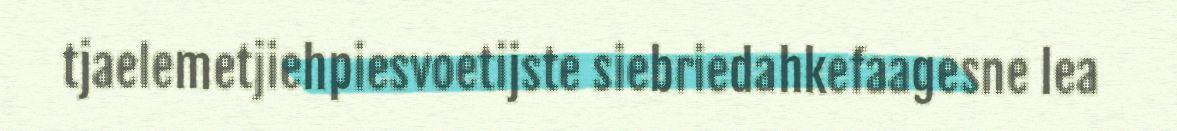
tjaelemetjiehpiesvoetijste siebriedahkefaagesne lea